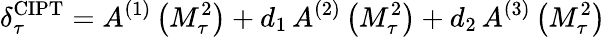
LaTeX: \delta_{\tau}^{\mathrm{CIPT}}=A^{(1)}\left(M_{\tau}^{2}\right)+d_{1}\, A^{(2)}\left(M_{\tau}^{2}\right)+d_{2}\, A^{(3)}\left(M_{\tau}^{2}\right)